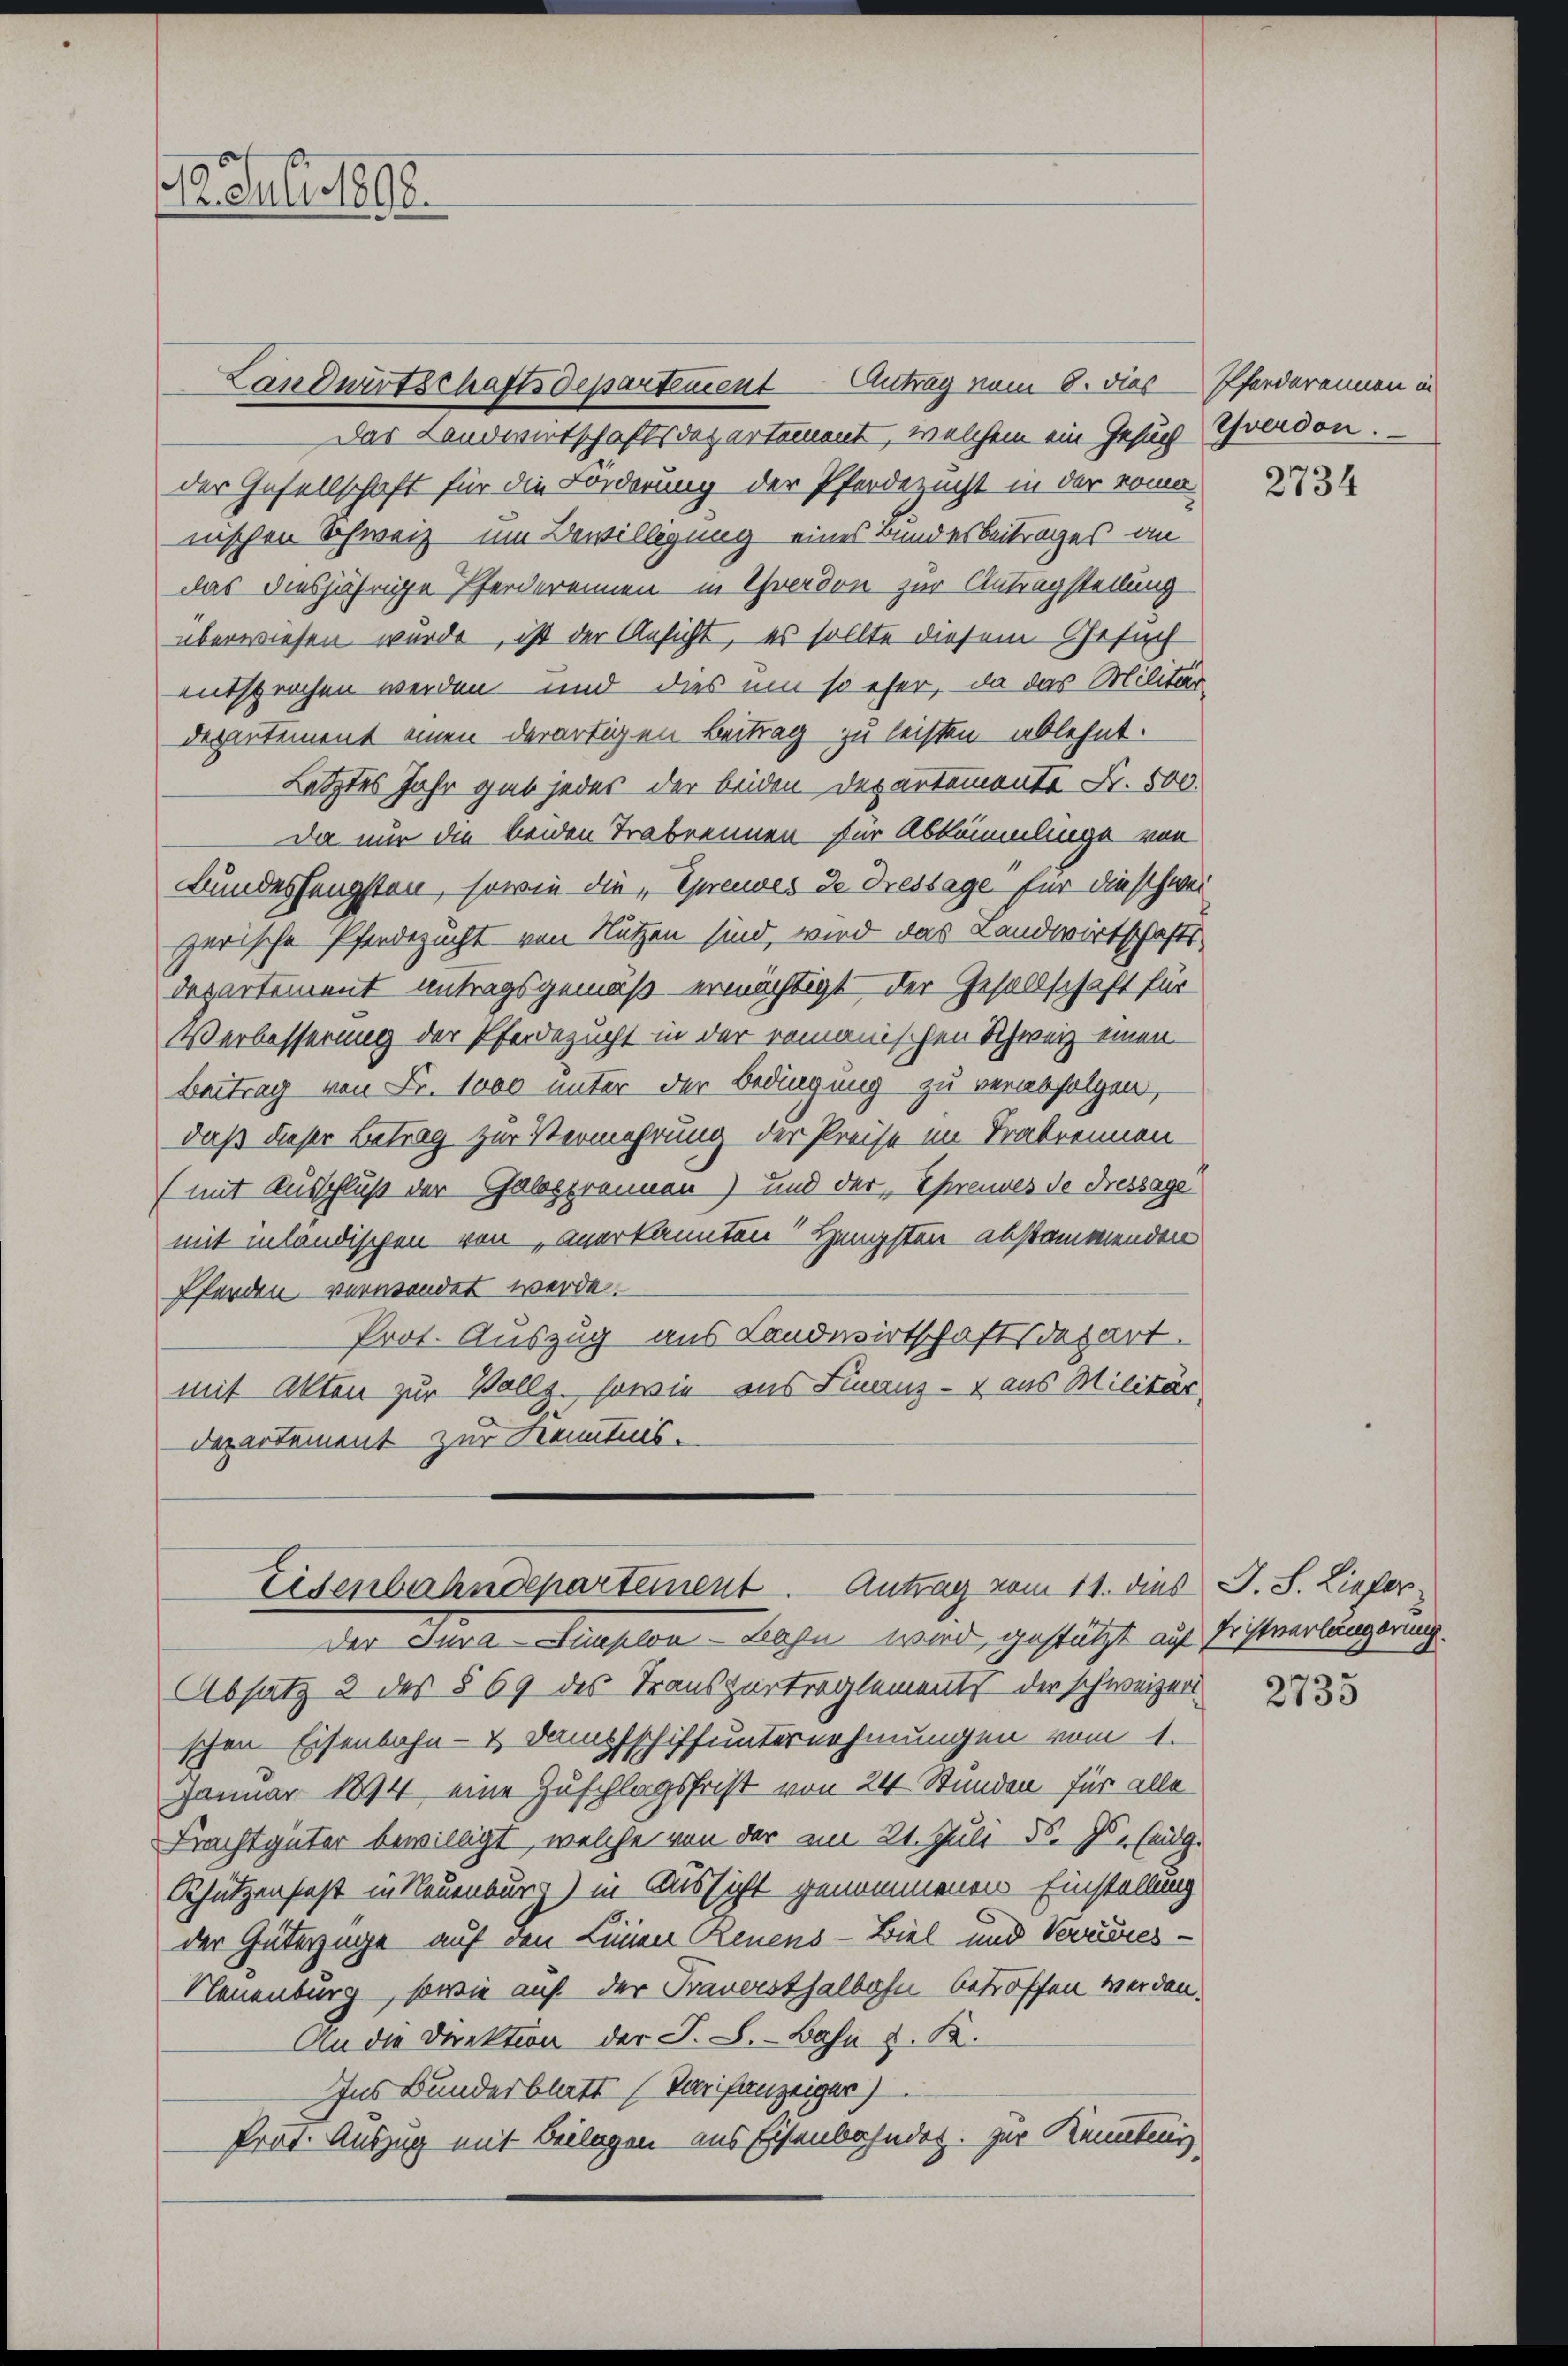
12. Juli 1898

Landwirtschaftsdepartement Antrag vom 8. dies Pferdarannen in
Das Landwirtschaftsdepartement, welchem ein Gesuch Yverdon.
der Gesellschaft für die Förderung der Pferdezucht in der romo
nischen Schweiz um Bewilligung eines Bundesbeitrages an
das diesjährige Pferdereinen in Chverdon zur Antragstellung
überwiesen wurde, ist der Ansicht, es sollte diesem Gesuch
entsprochen werden und dies um so eher, da das Militar-
dezentement einen derartigen Beitrag zu leisten ablehnt.
Letztes Jahr gab jedes der beiden Departemente Fr. 500.
Da nur die beiden Trabrennen für Abkömmlinge von
Bundesfängsten, sowie die „Spreuves de Fressage für die schwei
zerische Pferdezucht von Nutzen sind, wird das Landwirtschafts-
departement antragsgemäß ermächtigt der Gesellschaft für
Verbesserung der Pferdezucht in der romanischen Schweiz einen
Beitrag von Fr. 1000 unter der Bedingung zu verabfolgen,
daß dieser Betrag zur Vermehrung der Preise im Trakrennen
(mit Ausschluß der Galopprennen) und der Ehrendes de Fressage
mit inländischen von anerkannten Hengsten abstammenden
Pferden verwendet werde.
Prot. Auszug aus Landwirtschaftsdepart.
mit Akten zur Vollz, sowie aus Finanz- & aus Militär,
Departement zur Kenntnis.

Eisenbahndeparteinent. Antrag vom 11. dies J. S. Liefer¬

der Jura Fauston Bahn wird, gestützt auf Fristverlängerung
Absatz 2 des § 69 des Trauszurtreglements der schweizerischen Eisenbahn- & Dampfschiffunternehmungen vom 1.
Januar 1894 eine Zuschlagsfrist von 24 Stunden für alle
Frachtgüter bewilligt, welche von der am 21. Juli 30. Js. Eidg.
Schützenhast in Neuenburg) in Aussicht genommenen Einstellung
der Güterzüge auf den Linien Renens-Biel und Verrieres¬
Neuenburg, sowie auf der Traversthalbahn betroffen werden.
An die Direktion der J. S. Bahn u. K.
Ins Bunderblatt (Tarifanzeiger)
Prat. Auszug mit Beilagen aus Eisenbahndet. Zur Kennten

2734

2735